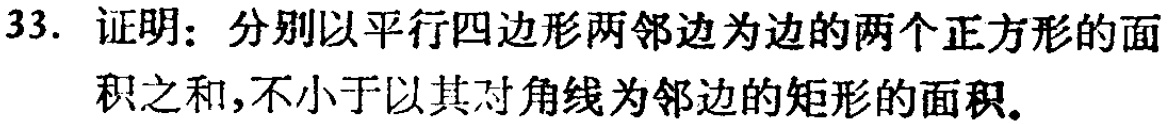
33. 证明：分别以平行四边形两邻边为边的两个正方形的面积之和,不小于以其对角线为邻边的矩形的面积。